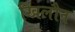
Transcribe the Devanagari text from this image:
खिलौन